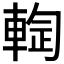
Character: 𰹙